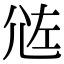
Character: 𡯛